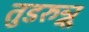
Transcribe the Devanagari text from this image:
तुडरुन्नू